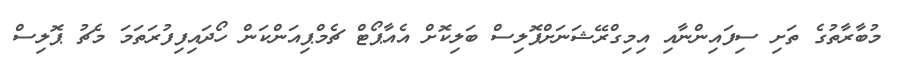
މުބާރާތުގެ ތަށި ސިފައިންނާއި އިމިގްރޭޝަނަށްޕޮލިސް ބަލިކޮށް އެއާޕޯޓް ޗެމްޕިއަންކަން ހޯދައިފިފުރަތަމަ މެޗު ޕޮލިސް